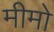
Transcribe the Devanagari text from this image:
मीमो